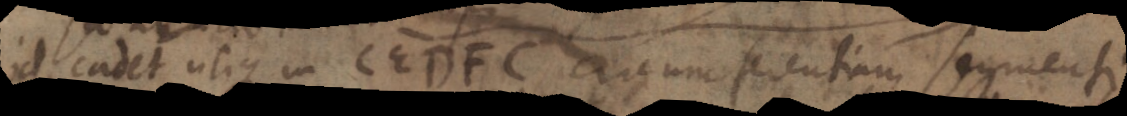
id eadet utique in CEDFC circumferentiam segmenti